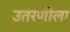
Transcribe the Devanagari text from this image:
उतरणीला